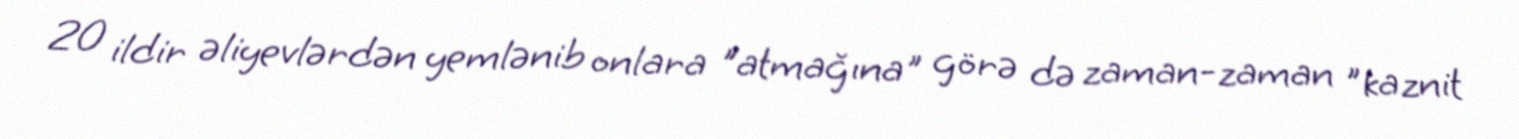
20 ildir əliyevlərdən yemlənib onlara "atmağına" görə də zaman-zaman "kaznit